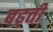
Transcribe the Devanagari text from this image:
बढ्ती